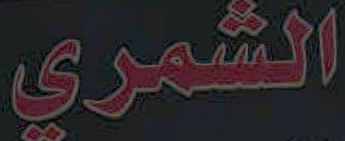
الشمري